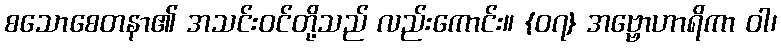
စသောစေတနာ၏ အသင်းဝင်တို့သည် လည်းကောင်း။ {၀၇} အဗ္ဗောဟာရိကာ ဝါ၊